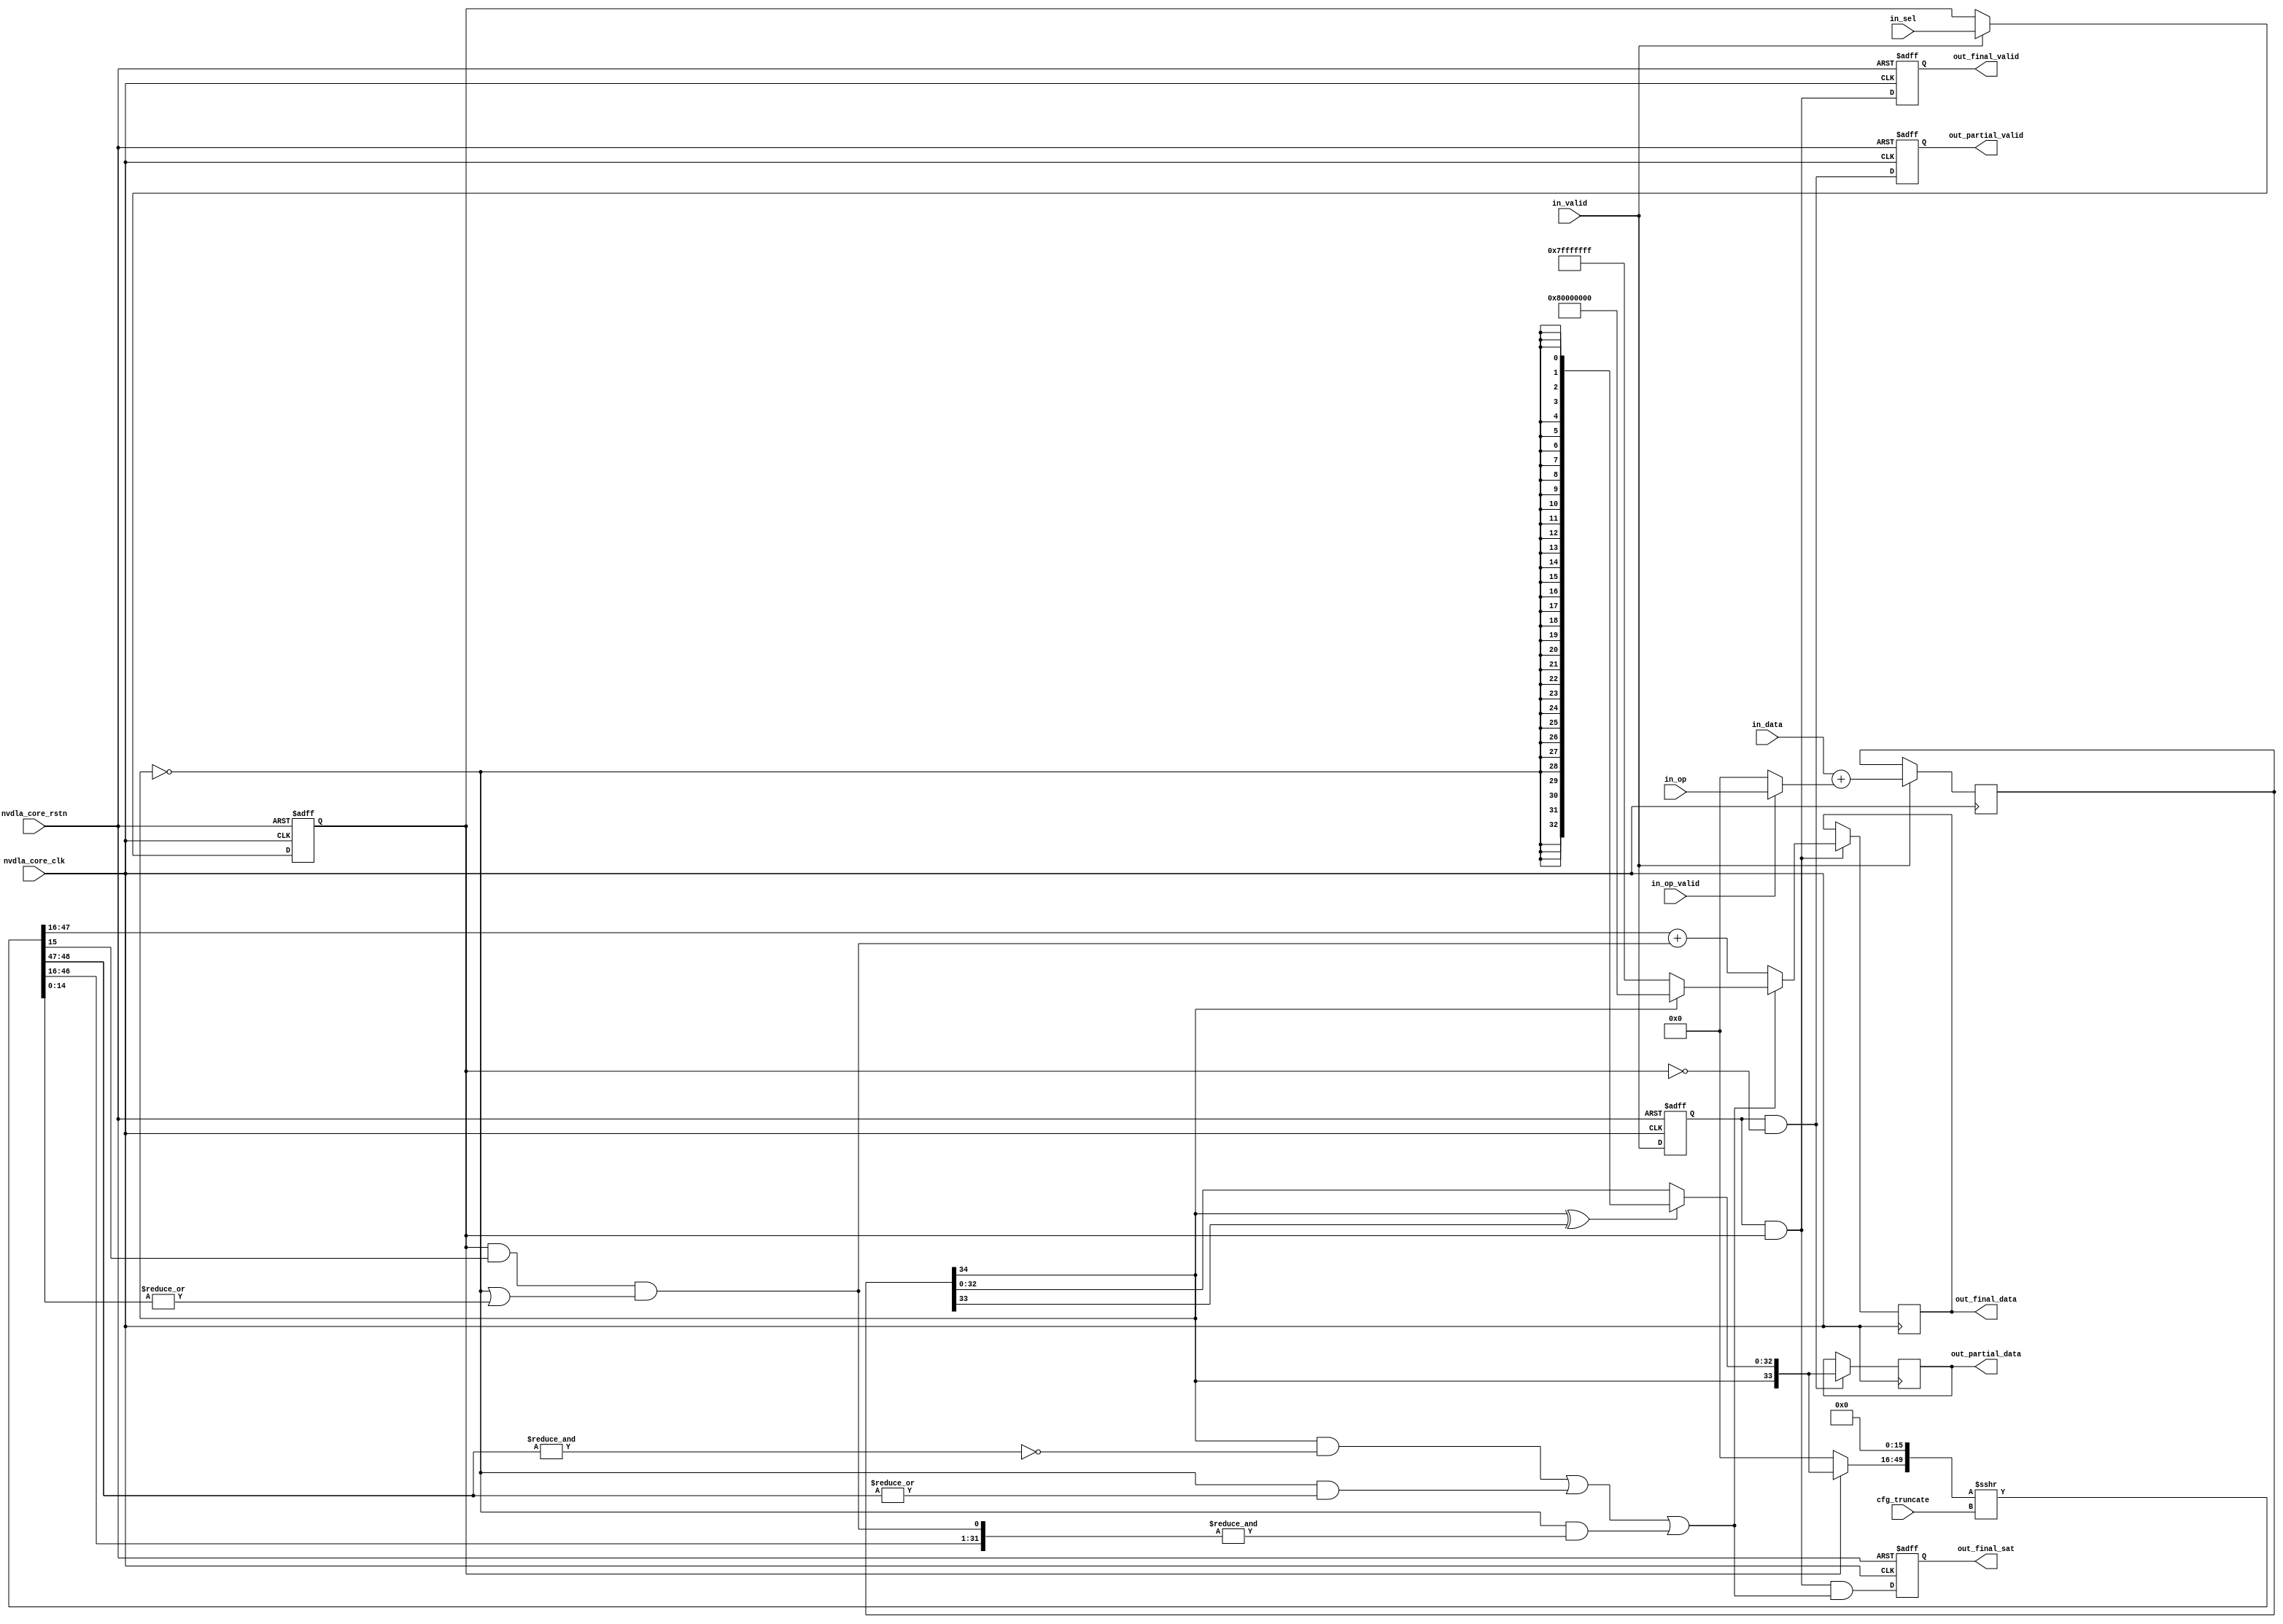
// ================================================================
// NVDLA Open Source Project
//
// Copyright(c) 2016 - 2017 NVIDIA Corporation. Licensed under the
// NVDLA Open Hardware License; Check "LICENSE" which comes with
// this distribution for more information.
// ================================================================
module NV_NVDLA_CACC_CALC_int8 (
   nvdla_core_clk
  ,nvdla_core_rstn
  ,cfg_truncate
  ,in_data
  ,in_op
  ,in_op_valid
  ,in_sel
  ,in_valid
  ,out_final_data
  ,out_final_sat
  ,out_final_valid
  ,out_partial_data
  ,out_partial_valid
  );
input [4:0] cfg_truncate;
input [21:0] in_data;
input [33:0] in_op;
input in_op_valid;
input in_sel;
input in_valid;
output [31:0] out_final_data;
output out_final_sat;
output out_final_valid;
output [33:0] out_partial_data;
output out_partial_valid;
input nvdla_core_clk;
input nvdla_core_rstn;
reg [32:0] i_sat_bits;
reg i_sat_sel;
reg i_sat_vld;
reg [34:0] i_sum_pd;
reg [31:0] out_final_data;
reg out_final_sat;
reg out_final_valid;
reg [33:0] out_partial_data;
reg out_partial_valid;
wire [21:0] di_pd;
wire [31:0] i_final_result;
wire i_final_vld;
wire i_guide;
wire [33:0] i_partial_result;
wire i_partial_vld;
wire i_point5;
wire [31:0] i_pos_pd;
wire [33:0] i_pre_sft_pd;
wire [33:0] i_sat_pd;
wire i_sat_sign;
wire i_sel;
wire [31:0] i_sft_max;
wire i_sft_need_sat;
wire [33:0] i_sft_pd;
wire [14:0] i_stick;
wire i_sum_msb;
wire [34:0] i_sum_pd_nxt;
wire i_sum_sign;
wire [31:0] i_tru_pd;
wire i_vld;
wire [33:0] in_mask_op;
wire mon_pos_pd_c;
wire [33:0] oi_pd;
assign i_sel = in_sel;
assign i_vld = in_valid;
assign in_mask_op = in_op_valid ? in_op[33:0] : 34'b0;
assign di_pd = in_data[21:0];
assign oi_pd = in_mask_op[33:0];
always @(posedge nvdla_core_clk or negedge nvdla_core_rstn) begin
  if (!nvdla_core_rstn) begin
    i_sat_vld <= 1'b0;
  end else begin
  i_sat_vld <= i_vld;
  end
end
always @(posedge nvdla_core_clk or negedge nvdla_core_rstn) begin
  if (!nvdla_core_rstn) begin
    i_sat_sel <= 1'b0;
  end else begin
  if ((i_vld) == 1'b1) begin
    i_sat_sel <= i_sel;
// VCS coverage off
  end else if ((i_vld) == 1'b0) begin
  end else begin
    i_sat_sel <= 'bx; // spyglass disable STARC-2.10.1.6 W443 NoWidthInBasedNum-ML -- (Constant containing x or z used, Based number `bx contains an X, Width specification missing for based number)
// VCS coverage on
  end
  end
end
//====================
// Addition
//====================
assign i_sum_pd_nxt[34:0] = $signed(di_pd) + $signed(oi_pd);
always @(posedge nvdla_core_clk) begin
  if ((i_vld) == 1'b1) begin
    i_sum_pd <= i_sum_pd_nxt;
// VCS coverage off
  end else if ((i_vld) == 1'b0) begin
  end else begin
    i_sum_pd <= 'bx; // spyglass disable STARC-2.10.1.6 W443 NoWidthInBasedNum-ML -- (Constant containing x or z used, Based number `bx contains an X, Width specification missing for based number)
// VCS coverage on
  end
end
//====================
// narrow down to 34bit, and need satuation only
//====================
assign i_sum_sign = i_sum_pd[34 +1 -1];
assign i_sum_msb = i_sum_pd[34 +1 -2];
assign i_sat_sign = i_sum_sign;
always @(
  i_sum_sign
  or i_sum_msb
  or i_sum_pd
  ) begin
    if (i_sum_sign ^ i_sum_msb) begin // overflow, need satuation
        i_sat_bits = {33{~i_sum_sign}};
    end else begin
        i_sat_bits = i_sum_pd[32:0];
    end
end
assign i_sat_pd = {i_sat_sign,i_sat_bits};
assign i_partial_result = i_sat_pd;
//====================
// narrow down to 32bit, and need rounding and satuation
//====================
assign i_pre_sft_pd = i_sat_sel ? i_sat_pd[33:0] : {34{1'b0}};
assign {i_sft_pd[33:0], i_guide, i_stick[14:0]} = ($signed({i_pre_sft_pd, 16'b0}) >>> cfg_truncate);
assign i_sft_need_sat = (i_sat_sign & ~(&i_sft_pd[32:31])) |
                        (~i_sat_sign & (|i_sft_pd[32:31])) |
                        (~i_sat_sign & (&{i_sft_pd[30:0], i_point5}));
assign i_sft_max = i_sat_sign ? {1'b1, 31'b0} : ~{1'b1, 31'b0};
assign i_point5 = i_sat_sel & i_guide & (~i_sat_sign | (|i_stick));
assign {mon_pos_pd_c, i_pos_pd[31:0]} = i_sft_pd[31:0] + i_point5;
assign i_tru_pd = i_pos_pd;
assign i_final_result = i_sft_need_sat ? i_sft_max : i_tru_pd;
assign i_partial_vld = i_sat_vld & ~i_sat_sel;
assign i_final_vld = i_sat_vld & i_sat_sel;
//====================
always @(posedge nvdla_core_clk or negedge nvdla_core_rstn) begin
  if (!nvdla_core_rstn) begin
    out_partial_valid <= 1'b0;
  end else begin
  out_partial_valid <= i_partial_vld;
  end
end
// spyglass disable_block STARC05-3.3.1.4b
always @(posedge nvdla_core_clk) begin
  if ((i_partial_vld) == 1'b1) begin
    out_partial_data <= i_partial_result;
// VCS coverage off
  end else if ((i_partial_vld) == 1'b0) begin
  end else begin
    out_partial_data <= 'bx; // spyglass disable STARC-2.10.1.6 W443 NoWidthInBasedNum-ML -- (Constant containing x or z used, Based number `bx contains an X, Width specification missing for based number)
// VCS coverage on
  end
end
// spyglass enable_block STARC05-3.3.1.4b
always @(posedge nvdla_core_clk or negedge nvdla_core_rstn) begin
  if (!nvdla_core_rstn) begin
    out_final_valid <= 1'b0;
  end else begin
  out_final_valid <= i_final_vld;
  end
end
always @(posedge nvdla_core_clk or negedge nvdla_core_rstn) begin
  if (!nvdla_core_rstn) begin
    out_final_sat <= 1'b0;
  end else begin
  out_final_sat <= i_final_vld & i_sft_need_sat;
  end
end
// spyglass disable_block STARC05-3.3.1.4b
always @(posedge nvdla_core_clk) begin
  if ((i_final_vld) == 1'b1) begin
    out_final_data <= i_final_result;
// VCS coverage off
  end else if ((i_final_vld) == 1'b0) begin
  end else begin
    out_final_data <= 'bx; // spyglass disable STARC-2.10.1.6 W443 NoWidthInBasedNum-ML -- (Constant containing x or z used, Based number `bx contains an X, Width specification missing for based number)
// VCS coverage on
  end
end
// spyglass enable_block STARC05-3.3.1.4b
//VCS coverage off
`ifndef DISABLE_FUNCPOINT
  `ifdef ENABLE_FUNCPOINT
    reg funcpoint_cover_off;
    initial begin
        if ( $test$plusargs( "cover_off" ) ) begin
            funcpoint_cover_off = 1'b1;
        end else begin
            funcpoint_cover_off = 1'b0;
        end
    end
    property cacc_calc_int8__partial_sum_need_sat__0_cov;
        disable iff((nvdla_core_rstn !== 1) || funcpoint_cover_off)
        @(posedge nvdla_core_clk)
        i_sum_sign ^ i_sum_msb;
    endproperty
// Cover 0 : "i_sum_sign ^ i_sum_msb"
    FUNCPOINT_cacc_calc_int8__partial_sum_need_sat__0_COV : cover property (cacc_calc_int8__partial_sum_need_sat__0_cov);
  `endif
`endif
//VCS coverage on
//VCS coverage off
`ifndef DISABLE_FUNCPOINT
  `ifdef ENABLE_FUNCPOINT
    property cacc_calc_int8__out32_need_sat_pos__1_cov;
        disable iff((nvdla_core_rstn !== 1) || funcpoint_cover_off)
        @(posedge nvdla_core_clk)
        i_sft_need_sat & ~i_sat_sign & ~i_point5;
    endproperty
// Cover 1 : "i_sft_need_sat & ~i_sat_sign & ~i_point5"
    FUNCPOINT_cacc_calc_int8__out32_need_sat_pos__1_COV : cover property (cacc_calc_int8__out32_need_sat_pos__1_cov);
  `endif
`endif
//VCS coverage on
//VCS coverage off
`ifndef DISABLE_FUNCPOINT
  `ifdef ENABLE_FUNCPOINT
    property cacc_calc_int8__out32_round_need_sat_pos__2_cov;
        disable iff((nvdla_core_rstn !== 1) || funcpoint_cover_off)
        @(posedge nvdla_core_clk)
        i_sft_need_sat & ~i_sat_sign & i_point5;
    endproperty
// Cover 2 : "i_sft_need_sat & ~i_sat_sign & i_point5"
    FUNCPOINT_cacc_calc_int8__out32_round_need_sat_pos__2_COV : cover property (cacc_calc_int8__out32_round_need_sat_pos__2_cov);
  `endif
`endif
//VCS coverage on
//VCS coverage off
`ifndef DISABLE_FUNCPOINT
  `ifdef ENABLE_FUNCPOINT
    property cacc_calc_int8__out32_round_need_sat_neg__3_cov;
        disable iff((nvdla_core_rstn !== 1) || funcpoint_cover_off)
        @(posedge nvdla_core_clk)
        i_sft_need_sat & i_sat_sign;
    endproperty
// Cover 3 : "i_sft_need_sat & i_sat_sign"
    FUNCPOINT_cacc_calc_int8__out32_round_need_sat_neg__3_COV : cover property (cacc_calc_int8__out32_round_need_sat_neg__3_cov);
  `endif
`endif
//VCS coverage on
endmodule // NV_NVDLA_CACC_CALC_int8